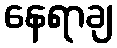
နေရာချ